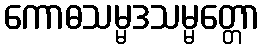
ကောဓသမ္မဒသမ္မတ္တော